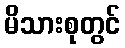
မိသားစုတွင်